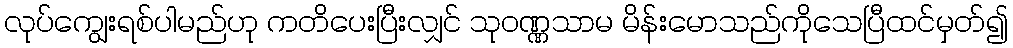
လုပ်ကျွေးရစ်ပါမည်ဟု ကတိပေးပြီးလျှင် သုဝဏ္ဏသာမ မိန်းမောသည်ကိုသေပြီထင်မှတ်၍